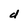
Character: d